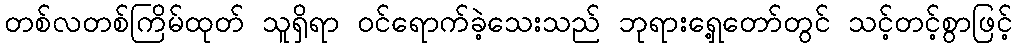
တစ်လတစ်ကြိမ်ထုတ် သူရှိရာ ဝင်ရောက်ခဲ့သေးသည် ဘုရားရှေ့တော်တွင် သင့်တင့်စွာဖြင့်